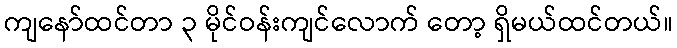
ကျနော်ထင်တာ ၃ မိုင်ဝန်းကျင်လောက် တော့ ရှိမယ်ထင်တယ်။